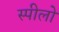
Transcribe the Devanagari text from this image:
स्पीलो